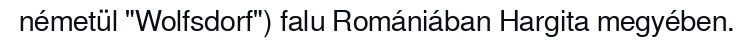
németül "Wolfsdorf") falu Romániában Hargita megyében.